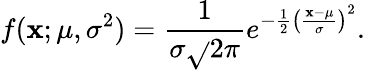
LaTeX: f(\mathbf{x};\mu,\sigma^{2})={\frac{{1}}{{\sigma{\sqrt{}{{2\pi}}}}}}e^{-{\frac{{1}}{{2}}}\left({\frac{{\mathbf{x}-\mu}}{{\sigma}}}\right)^{2}}.